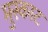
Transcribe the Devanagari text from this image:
मुस्काट